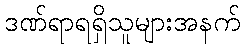
ဒဏ်ရာရရှိသူများအနက်